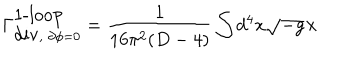
LaTeX: \Gamma _ { \mathrm { d i v } , \; \partial \phi = 0 } ^ { \mathrm { 1 - l o o p } } = \frac { 1 } { 1 6 \pi ^ { 2 } ( D - 4 ) } \int d ^ { 4 } x \sqrt { - g } \times